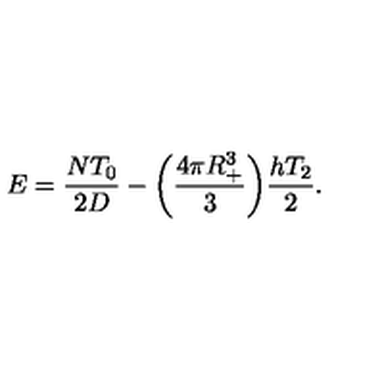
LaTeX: E = \frac { N T _ { 0 } } { 2 D } - \bigg ( \frac { 4 \pi R _ { + } ^ { 3 } } { 3 } \bigg ) \frac { h T _ { 2 } } { 2 } .